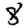
Digit: 8